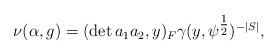
LaTeX: \begin{align*}\nu(\alpha,g)=(\det a_1a_2, y)_F \gamma(y, \psi^{\tfrac{1}{2}})^{-|S|},\end{align*}